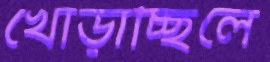
খোঁড়াচ্ছিলে